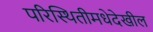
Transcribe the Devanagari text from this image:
परिस्थितीमधेदेखील